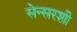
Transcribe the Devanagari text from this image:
सेन्सरशी